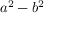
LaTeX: a ^ { 2 } - b ^ { 2 }